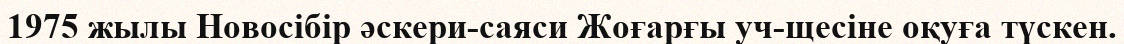
1975 жылы Новосібір әскери-саяси Жоғарғы уч-щесіне оқуға түскен.